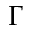
\Gamma